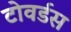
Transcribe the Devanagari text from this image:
टोवर्डस